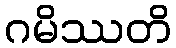
ဂမိဿတိ